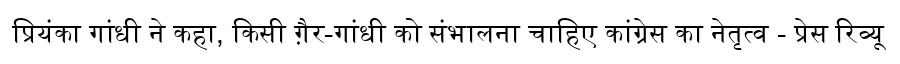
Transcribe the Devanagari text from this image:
प्रियंका गांधी ने कहा, किसी ग़ैर-गांधी को संभालना चाहिए कांग्रेस का नेतृत्व - प्रेस रिव्यू